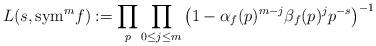
LaTeX: \begin{align*}L(s, {\rm sym}^m f):= \prod_p \prod_{0\leq j \leq m} \big(1-\alpha_f(p)^{m-j}\beta_f(p)^j p^{-s}\big)^{-1}\end{align*}